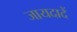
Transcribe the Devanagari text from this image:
जायदादें